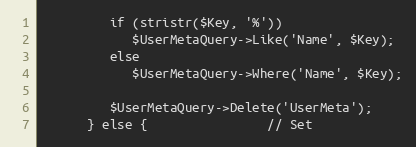
Language: PHP
         if (stristr($Key, '%'))
            $UserMetaQuery->Like('Name', $Key);
         else
            $UserMetaQuery->Where('Name', $Key);

         $UserMetaQuery->Delete('UserMeta');
      } else {                // Set